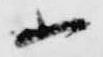
小